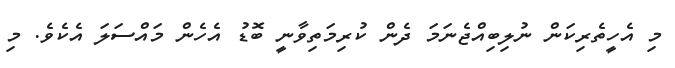
މި އެހީތެރިކަން ނުލިބިއްޖެނަމަ ދެން ކުރިމަތިވާނީ ބޮޑު އެހެން މައްސަލަ އެކެވެ. މި